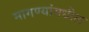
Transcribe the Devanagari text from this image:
मागण्यांमधील